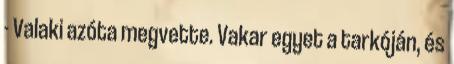
- Valaki azóta megvette. Vakar egyet a tarkóján, és